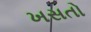
ખસતો